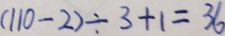
( 1 1 0 - 2 ) \div 3 + 1 = 3 6